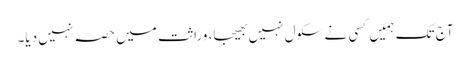
آج تک ہمیں کسی نے سکول نہیں بھیجا، وراثت میں حصہ نہیں دیا۔